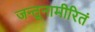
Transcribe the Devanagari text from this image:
जन्तूनामीरितं